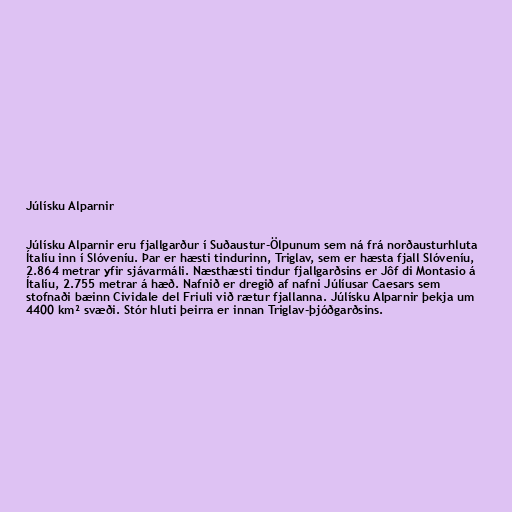
Júlísku Alparnir

Júlísku Alparnir eru fjallgarður í Suðaustur-Ölpunum sem ná frá norðausturhluta
Ítalíu inn í Slóveníu. Þar er hæsti tindurinn, Triglav, sem er hæsta fjall Slóveníu,
2.864 metrar yfir sjávarmáli. Næsthæsti tindur fjallgarðsins er Jôf di Montasio á
Ítalíu, 2.755 metrar á hæð. Nafnið er dregið af nafni Júlíusar Caesars sem
stofnaði bæinn Cividale del Friuli við rætur fjallanna. Júlísku Alparnir þekja um
4400 km² svæði. Stór hluti þeirra er innan Triglav-þjóðgarðsins.